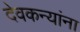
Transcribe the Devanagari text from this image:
देवकन्यांना